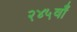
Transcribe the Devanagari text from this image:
२४५वाँ